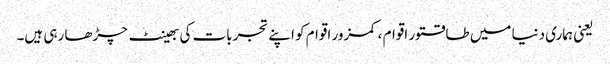
یعنی ہماری دنیا میں طاقتور اقوام ، کمزور اقوام کو اپنے تجربات کی بھینٹ چڑھا رہی ہیں۔